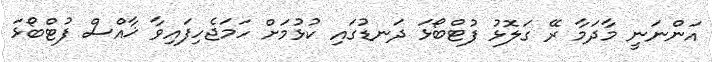
އަންނަނީ މާދަމާ ރޭ ގަލޮޅު ފުޓްބޯޅަ ދަނޑުގައި ކުޅުމަށް ހަމަޖެހިފައިވާ ޚާއްސް ފުޓްބޯޅަ